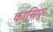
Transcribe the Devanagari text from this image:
कासिपुर